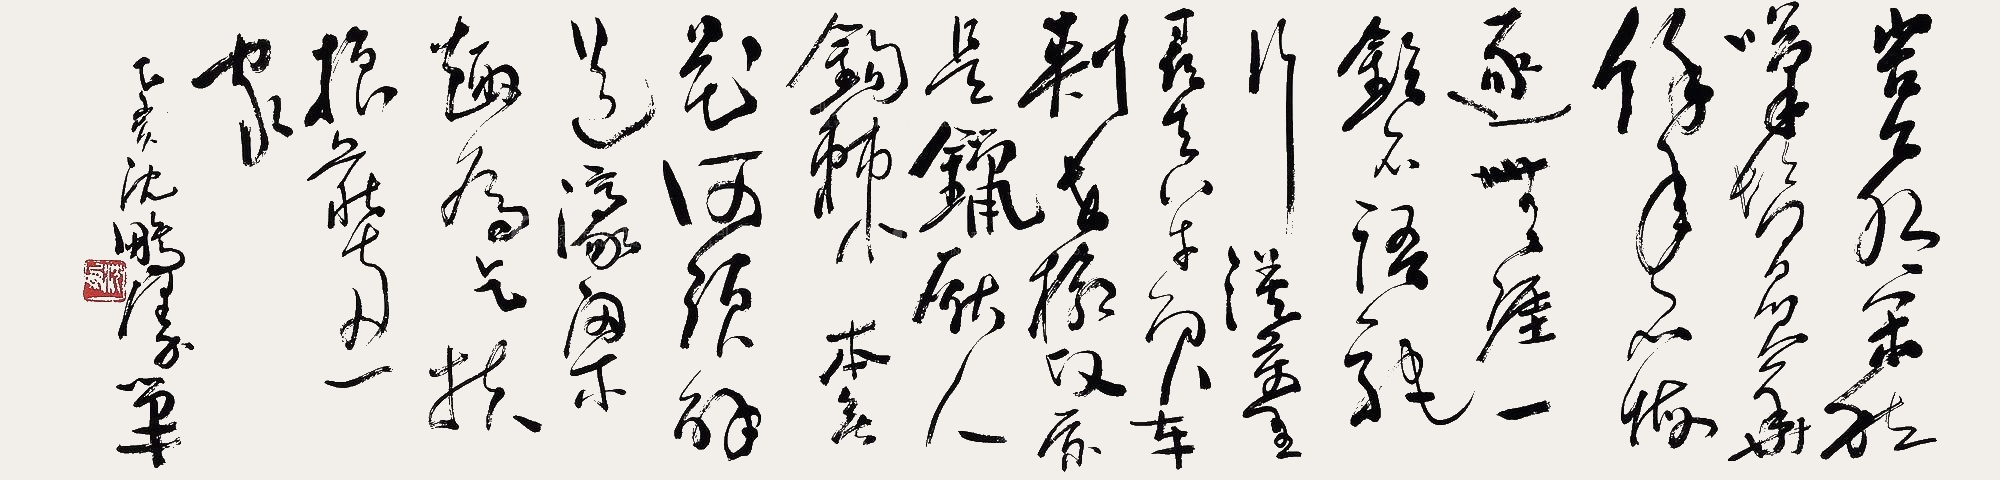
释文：岂有闲愁叹鬓华？余年不悔逐无涯。一铃不语驼行漠，万里寻真牛负车。刺世枪头原是镴，厌人钩棘本无花。何须解道濠梁趣，为乞扶摇庄惠家。乙亥，沈鹏漫笔。